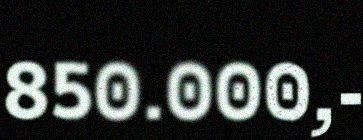
850.000,-